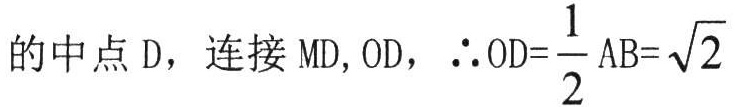
的中点\(D\)，连接\(MD,OD\)，\(\therefore OD = \dfrac{1}{2}AB=\sqrt{2}\)